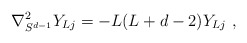
\begin{align*}\nabla^2_{S^{d-1}}Y_{Lj}=-L(L+d-2)Y_{Lj} \ ,\end{align*}